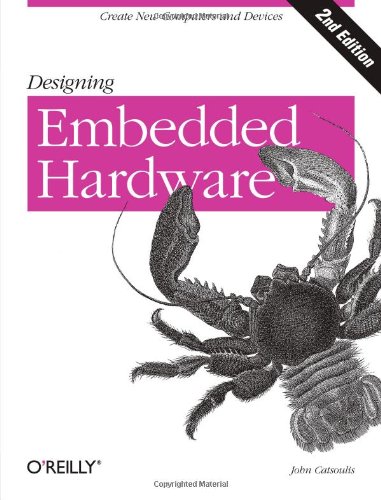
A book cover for Designing Embedded Hardware; John Catsoulis; Computers & Technology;